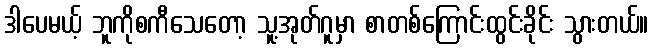
ဒါပေမယ့် ဘူကိုစကီသေတော့ သူ့အုတ်ဂူမှာ စာတစ်ကြောင်းထွင်းခိုင်း သွားတယ်။